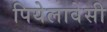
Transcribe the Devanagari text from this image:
पियेलावेसी